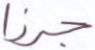
جرزا